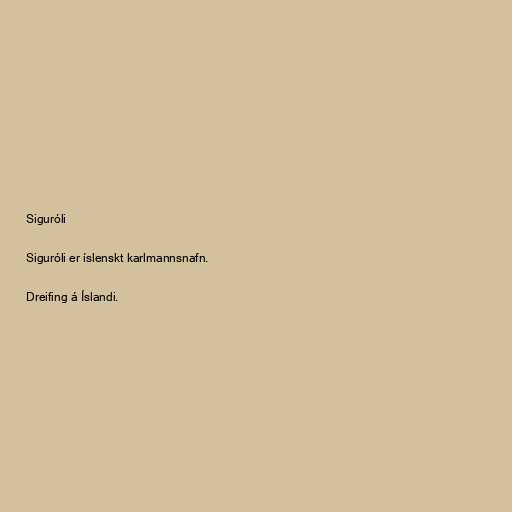
Siguróli

Siguróli er íslenskt karlmannsnafn.

Dreifing á Íslandi.